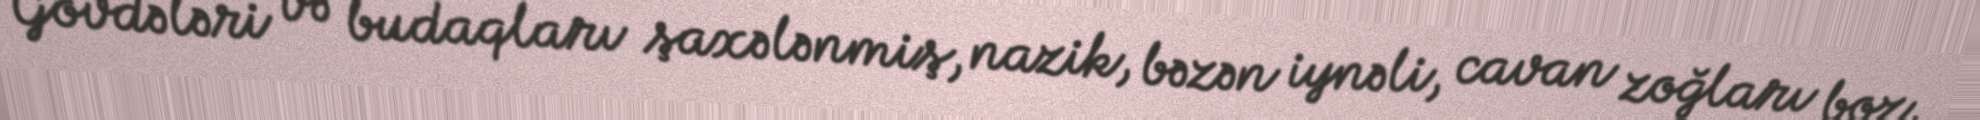
Gövdələri və budaqları şaxələnmiş, nazik, bəzən iynəli, cavan zoğları boz,